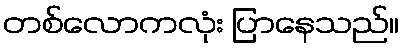
တစ်လောကလုံး ပြာနေသည်။